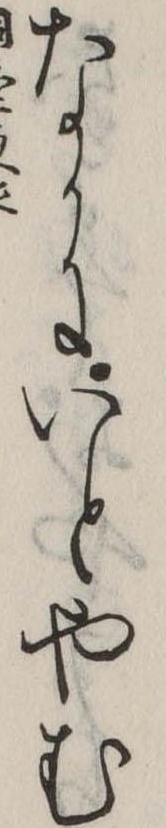
なかにいとやむ